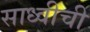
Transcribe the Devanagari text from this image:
साध्वीची